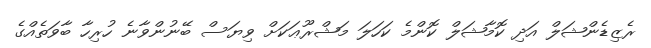
ރެޒިޑެންޝަލް އަދި ކޮމާޝަލް ކޮންމެ ކަހަލަ މަޝްރޫޢަކަށް ވިޔަސް ބޭނުންވާނެ ހުރިހާ ބާވަތެއްގެ